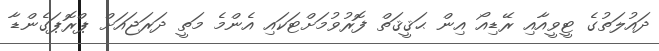
ދައުލަތުގެ ޓީވީއާއި ރޭޑިއޯ އިން ޙަޤީޤަތް ފޮރުވުމަށްޓަކައި އެންމެ މަތީ ދަރަޖައަށް ޕްރޮޕަގެންޑާ